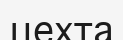
цехта